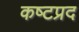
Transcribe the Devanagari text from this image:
कष्‍टप्रद